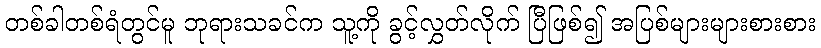
တစ်ခါတစ်ရံတွင်မူ ဘုရားသခင်က သူ့ကို ခွင့်လွှတ်လိုက် ပြီဖြစ်၍ အပြစ်များများစားစား